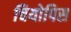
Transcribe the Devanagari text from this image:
चियोपिस